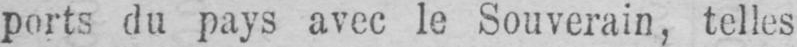
ports du pays avec le Souverain, telles